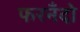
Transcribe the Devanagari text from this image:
फरनँदो